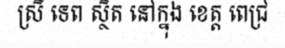
ស្រី ទេព ស្ថិត នៅក្នុង ខេត្ត ពេជ្រ